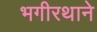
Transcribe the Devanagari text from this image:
भगीरथाने